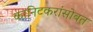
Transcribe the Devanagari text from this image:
कानिटकरांसोबत